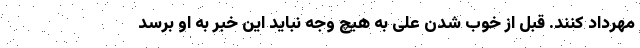
مهرداد کنند. قبل از خوب شدن علی به هیچ وجه نباید این خبر به او برسد